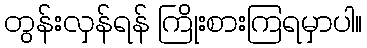
တွန်းလှန်ရန် ကြိုးစားကြရမှာပါ။